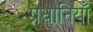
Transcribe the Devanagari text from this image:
प्रधानियाँ